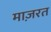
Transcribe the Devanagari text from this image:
माज़रत